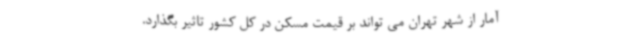
آمار از شهر تهران می تواند بر قیمت مسکن در کل کشور تاثیر بگذارد.